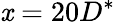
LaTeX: \mathit{x}=20D^{*}